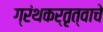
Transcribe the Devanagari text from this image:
ग्रंथकर्तृत्वाचे